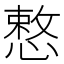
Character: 慗